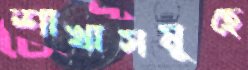
শাখাসমূহে